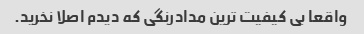
واقعا بی کیفیت ترین مدادرنگی که دیدم اصلا نخرید.